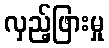
လှည့်ဖြားမှု